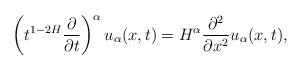
\begin{align*}\left(t^{1-2H}\frac{\partial}{\partial t}\right)^{\alpha}u_{\alpha}(x,t)=H^{\alpha}\frac{\partial^2}{\partial x^2}u_{\alpha}(x,t),\end{align*}